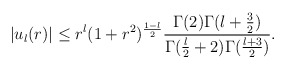
\begin{align*}\vert u_l(r)\vert \leq r^l (1+r^2)^{{1-l\over 2}} {\Gamma(2)\Gamma(l+{3\over 2})\over \Gamma({l\over 2}+2)\Gamma({l+3\over 2})}.\end{align*}